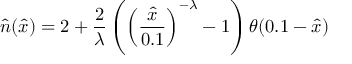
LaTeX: \hat { n } ( \hat { x } ) = 2 + \frac { 2 } { \lambda } \left( \left( \frac { \hat { x } } { 0 . 1 } \right) ^ { - \lambda } - 1 \right) \theta ( 0 . 1 - \hat { x } )